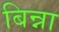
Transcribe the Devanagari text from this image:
बिन्ना